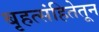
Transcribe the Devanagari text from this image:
बृहत्संहितेतून